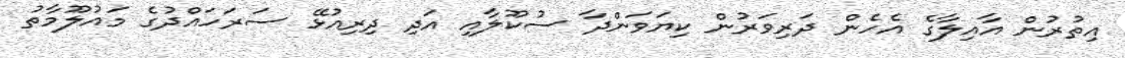
އިތުުރުން އާއިލާގެ އެހެން ދަަރިވަރުން ކިޔަވަންދާ ސުކޫލާއި އަދި ދިރިއުޅޭ ސަރަހައްދުގެ މައުލޫމާތު